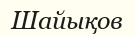
Шайықов